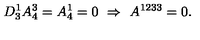
D _ { 3 } ^ { 1 } A _ { 4 } ^ { 3 } = A _ { 4 } ^ { 1 } = 0 \ \Rightarrow \ A ^ { 1 2 3 3 } = 0 .